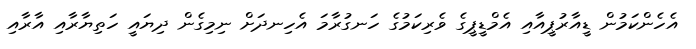
އެހެންކަމުން ޑީއާރުޕީއާއި އެމްޑީޕީގެ ވެރިކަމުގެ ހަނގުރާމަ އެހިނދަށް ނިމިގެން ދިޔައީ ހަތިޔާރާއި އާރާއި